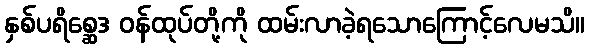
နှစ်ပရိစ္ဆေဒ ဝန်ထုပ်တို့ကို ထမ်းလာခဲ့ရသောကြောင့်လေမသိ။